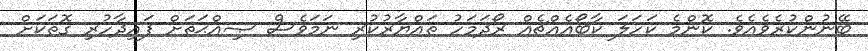
ބޭނުންކުރެވެއެވެ. ކޮންމެ ކަހަލަ ކާބޯއެއްޗެއް ރޯދަމަހު ތައްޔާރުކުރި ނަމަވެސް ޞިއްޙަތަށް ފައިދާހުރި ގޮތަކަށް